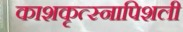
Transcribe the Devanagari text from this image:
काशकृत्स्नापिशली